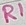
Text: R1